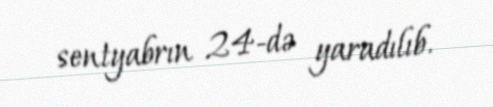
sentyabrın 24-də yaradılıb.